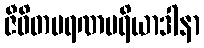
ဇီဝိတမရဏပရိယာဒါနာ